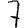
Digit: 7